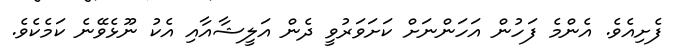
ފެށިއެވެ. އެންމެ ފަހުން އަހަންނަށް ކަށަވަރުވީ ދެން އަލީޝާއާއި އެކު ނޫޅެވޭނެ ކަމެކެވެ.